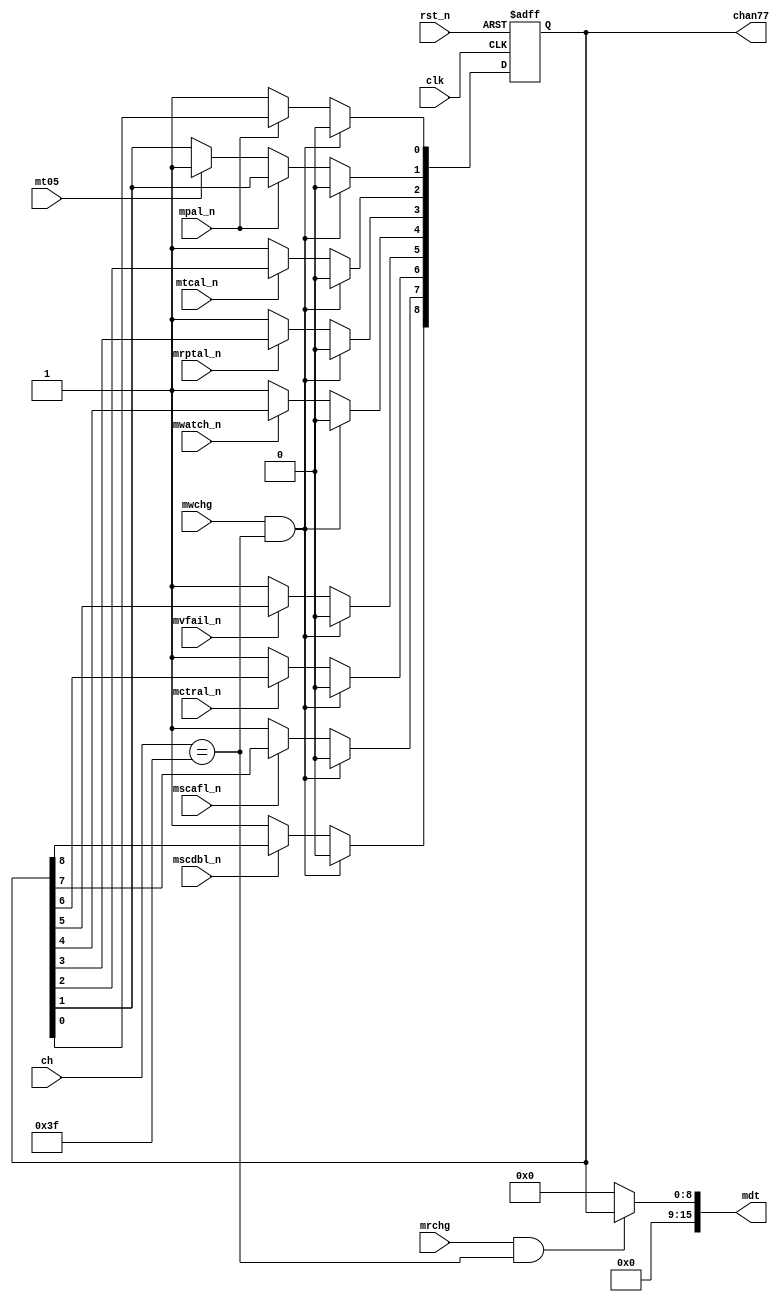
// This program was cloned from: https://github.com/thewonderidiot/cmod_agc
// License: MIT License

`timescale 1ns / 1ps
`default_nettype none

module restart_monitor(
    input wire clk,
    input wire rst_n,

    input wire mt05,

    input wire mrchg,
    input wire mwchg,
    input wire [9:1] ch,

    input wire mpal_n,
    input wire mtcal_n,
    input wire mrptal_n,
    input wire mwatch_n,
    input wire mvfail_n,
    input wire mctral_n,
    input wire mscafl_n,
    input wire mscdbl_n,

    output reg [9:1] chan77,
    output wire [16:1] mdt
);

assign mdt = (mrchg & (ch == 9'o77)) ? {7'b0, chan77} : 16'b0;

always @(posedge clk or negedge rst_n) begin
    if (~rst_n) begin
        chan77 <= 9'b0;
    end else begin
        if (mwchg & (ch == 9'o77)) begin
            chan77 <= 9'b0;
        end else begin
            if (~mpal_n) begin 
                chan77[1] <= 1'b1;
                if (mt05) begin
                    chan77[2] <= 1'b1;
                end
            end

            if (~mtcal_n) begin
                chan77[3] <= 1'b1;
            end

            if (~mtcal_n) begin
                chan77[3] <= 1'b1;
            end

            if (~mrptal_n) begin
                chan77[4] <= 1'b1;
            end

            if (~mwatch_n) begin
                chan77[5] <= 1'b1;
            end

            if (~mvfail_n) begin
                chan77[6] <= 1'b1;
            end

            if (~mctral_n) begin
                chan77[7] <= 1'b1;
            end

            if (~mscafl_n) begin
                chan77[8] <= 1'b1;
            end

            if (~mscdbl_n) begin
                chan77[9] <= 1'b1;
            end
        end
    end
end

endmodule
`default_nettype wire